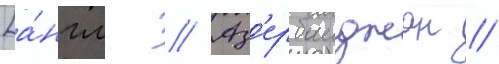
[а́нгл. // Аз'ербаиджан //